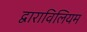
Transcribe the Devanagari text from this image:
द्वाराविलियम